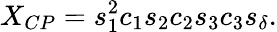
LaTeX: X_{CP}=s_{1}^{2}c_{1}s_{2}c_{2}s_{3}c_{3}s_{\delta}.